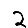
Digit: 2